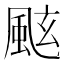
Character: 𩗁